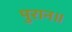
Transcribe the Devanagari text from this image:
पुरान॥